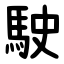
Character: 駛